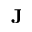
\mathbf { J }